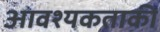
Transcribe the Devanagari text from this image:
आवश्‍यकताकी